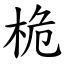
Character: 桅